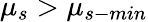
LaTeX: \mu_{s}>\mu_{s-min}